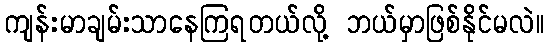
ကျန်းမာချမ်းသာနေကြရတယ်လို့ ဘယ်မှာဖြစ်နိုင်မလဲ။